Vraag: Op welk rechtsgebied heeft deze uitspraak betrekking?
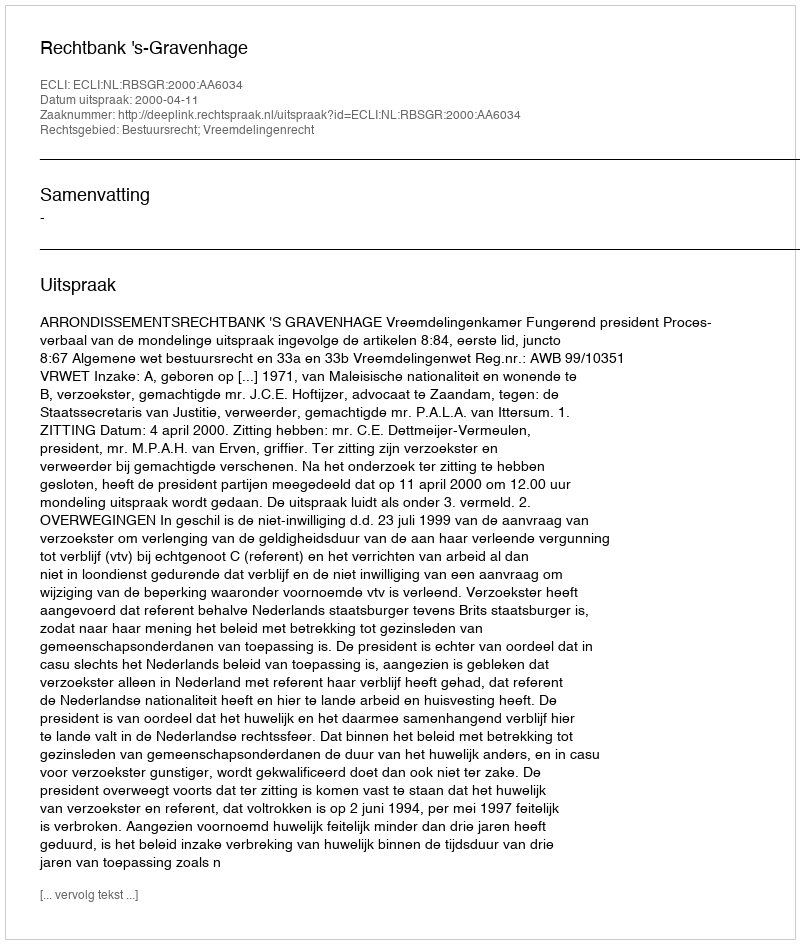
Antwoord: Bestuursrecht; Vreemdelingenrecht